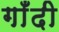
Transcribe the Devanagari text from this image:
गाँदी